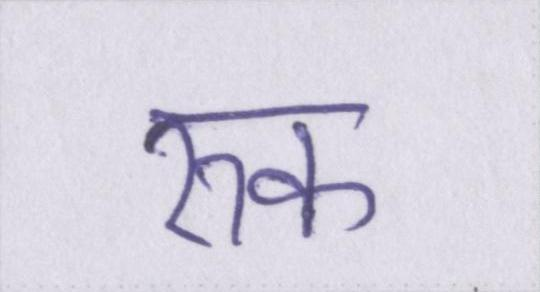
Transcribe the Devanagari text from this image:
रुक